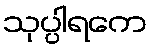
သုပ္ပါရကေ